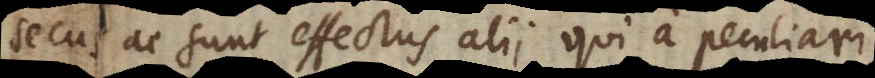
secus ac sunt effectus alii qui a peculiari